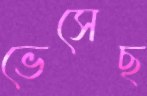
ভেসেছ